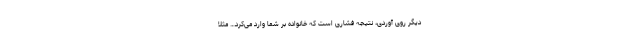
دیگر روی آوردی، نتیجه فشاری است که خانواده بر شما وارد می‌کرد… مثلاً